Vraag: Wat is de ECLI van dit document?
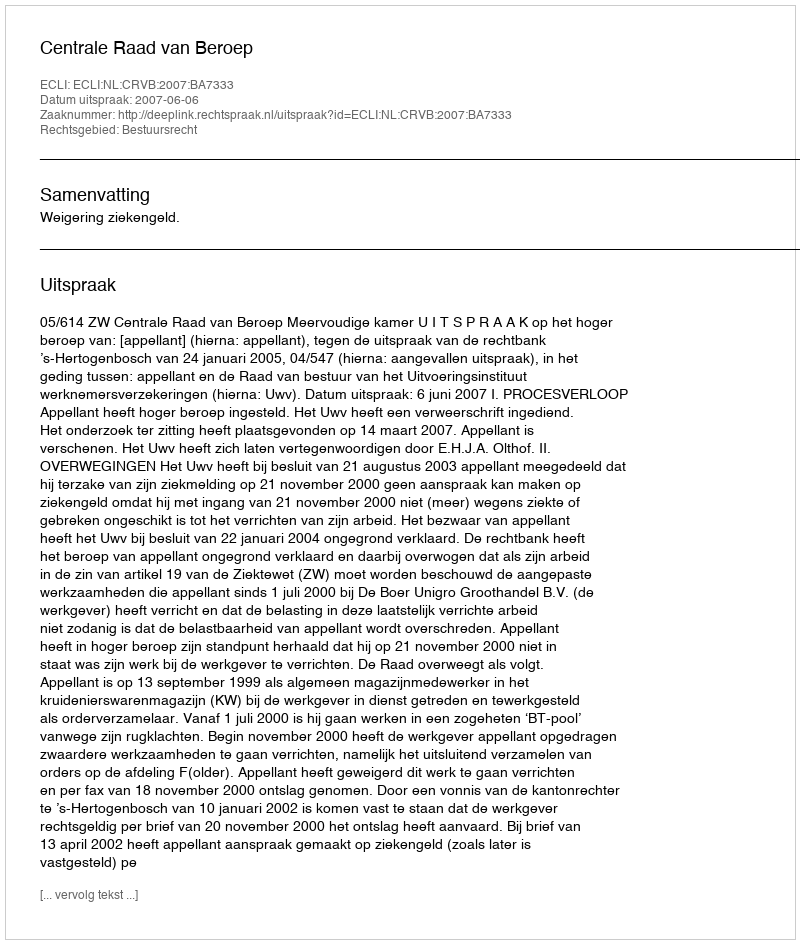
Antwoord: ECLI:NL:CRVB:2007:BA7333